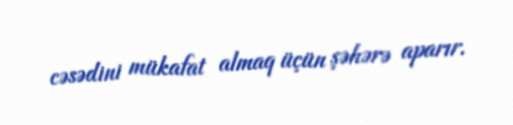
cəsədini mükafat almaq üçün şəhərə aparır.